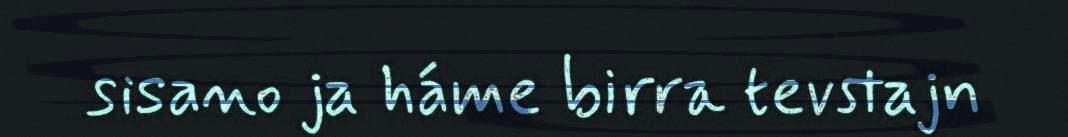
sisano ja háme birra tevstajn